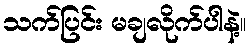
သက်ပြင်း မချလိုက်ပါနဲ့။